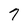
Character: 7